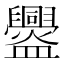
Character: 𥃘